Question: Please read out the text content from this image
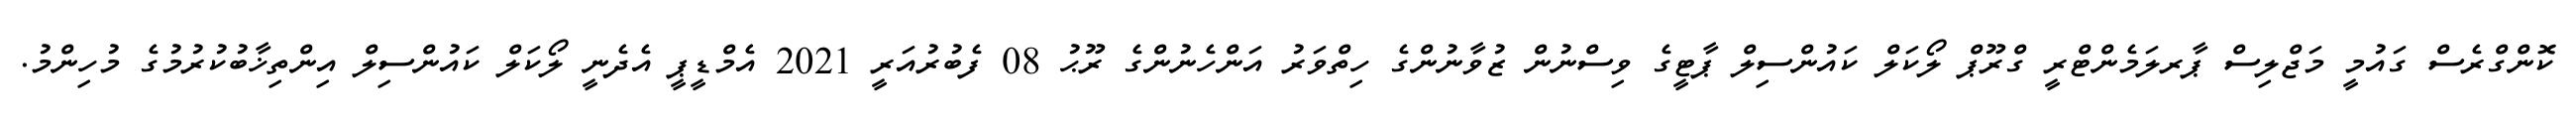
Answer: ކޮންގްރެސް ގައުމީ މަޖްލިސް ޕާރލަމެންޓްރީ ގްރޫޕް ލޯކަލް ކައުންސިލް ޕާޓީގެ ވިސްނުން ޒުވާނުންގެ ހިތްވަރު އަންހެނުންގެ ރޫޙު 08 ފެބުރުއަރީ 2021 އެމްޑީޕީ އެދެނީ ލޯކަލް ކައުންސިލް އިންތިޚާބުކުރުމުގެ މުހިންމު.